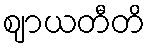
ဈာယတီတိ